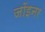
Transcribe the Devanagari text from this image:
जॉइनर